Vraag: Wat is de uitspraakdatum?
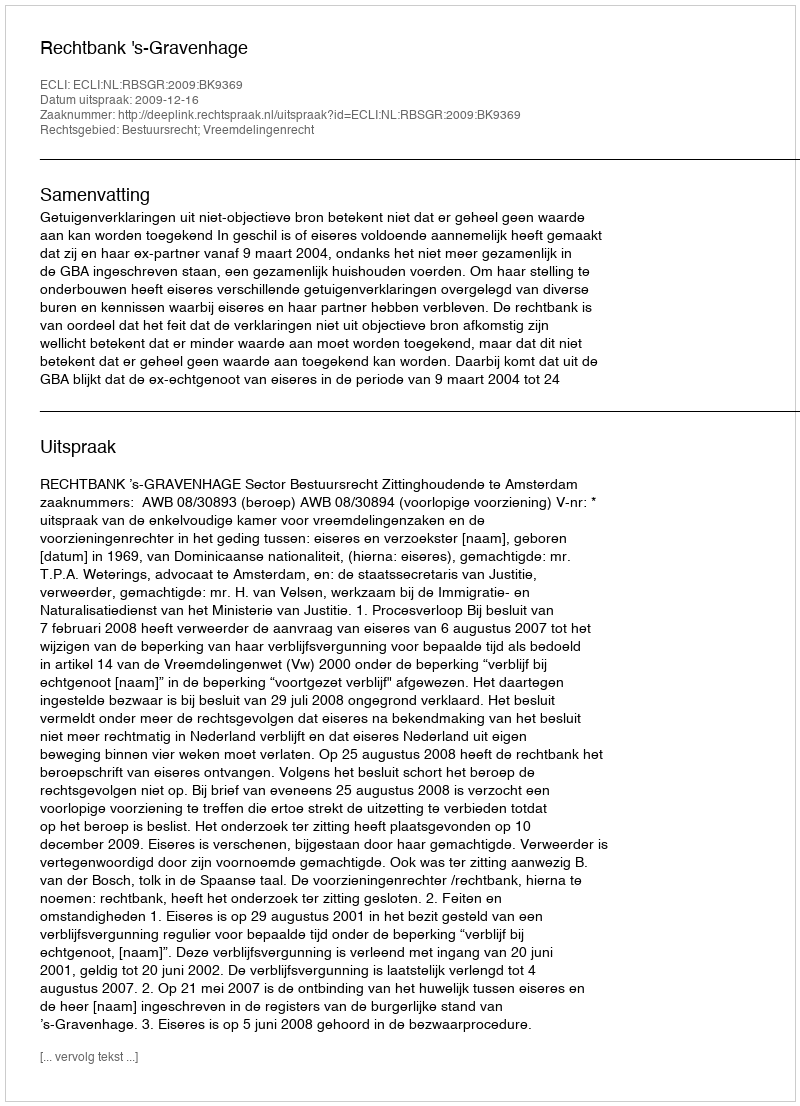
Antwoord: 2009-12-16